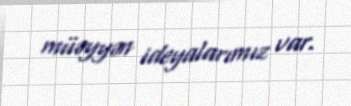
müəyyən ideyalarımız var.